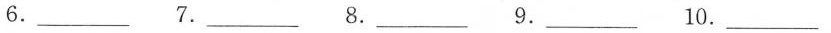
6.___ 7.___ 8.___ 9.___ 10.___